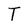
Character: T